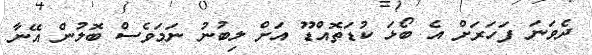
ދެވަނަ ފަހަރަށް އެ ބޯޅަ ކުޑަތޮއްޑޫ އަށް ލިބުނު ނަމަވެސް ބޮލުން އޭނާ